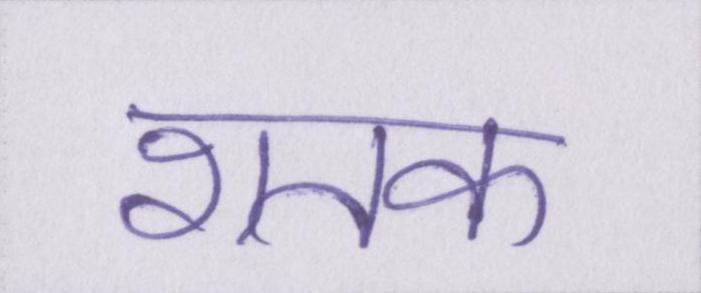
शतक